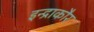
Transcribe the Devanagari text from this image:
इन्द्राकौर